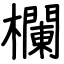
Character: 欄